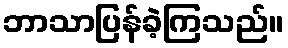
ဘာသာပြန်ခဲ့ကြသည်။